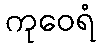
ကုဝေရံ